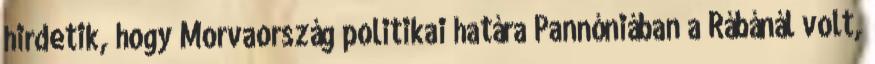
hirdetik, hogy Morvaország politikai határa Pannóniában a Rábánál volt,